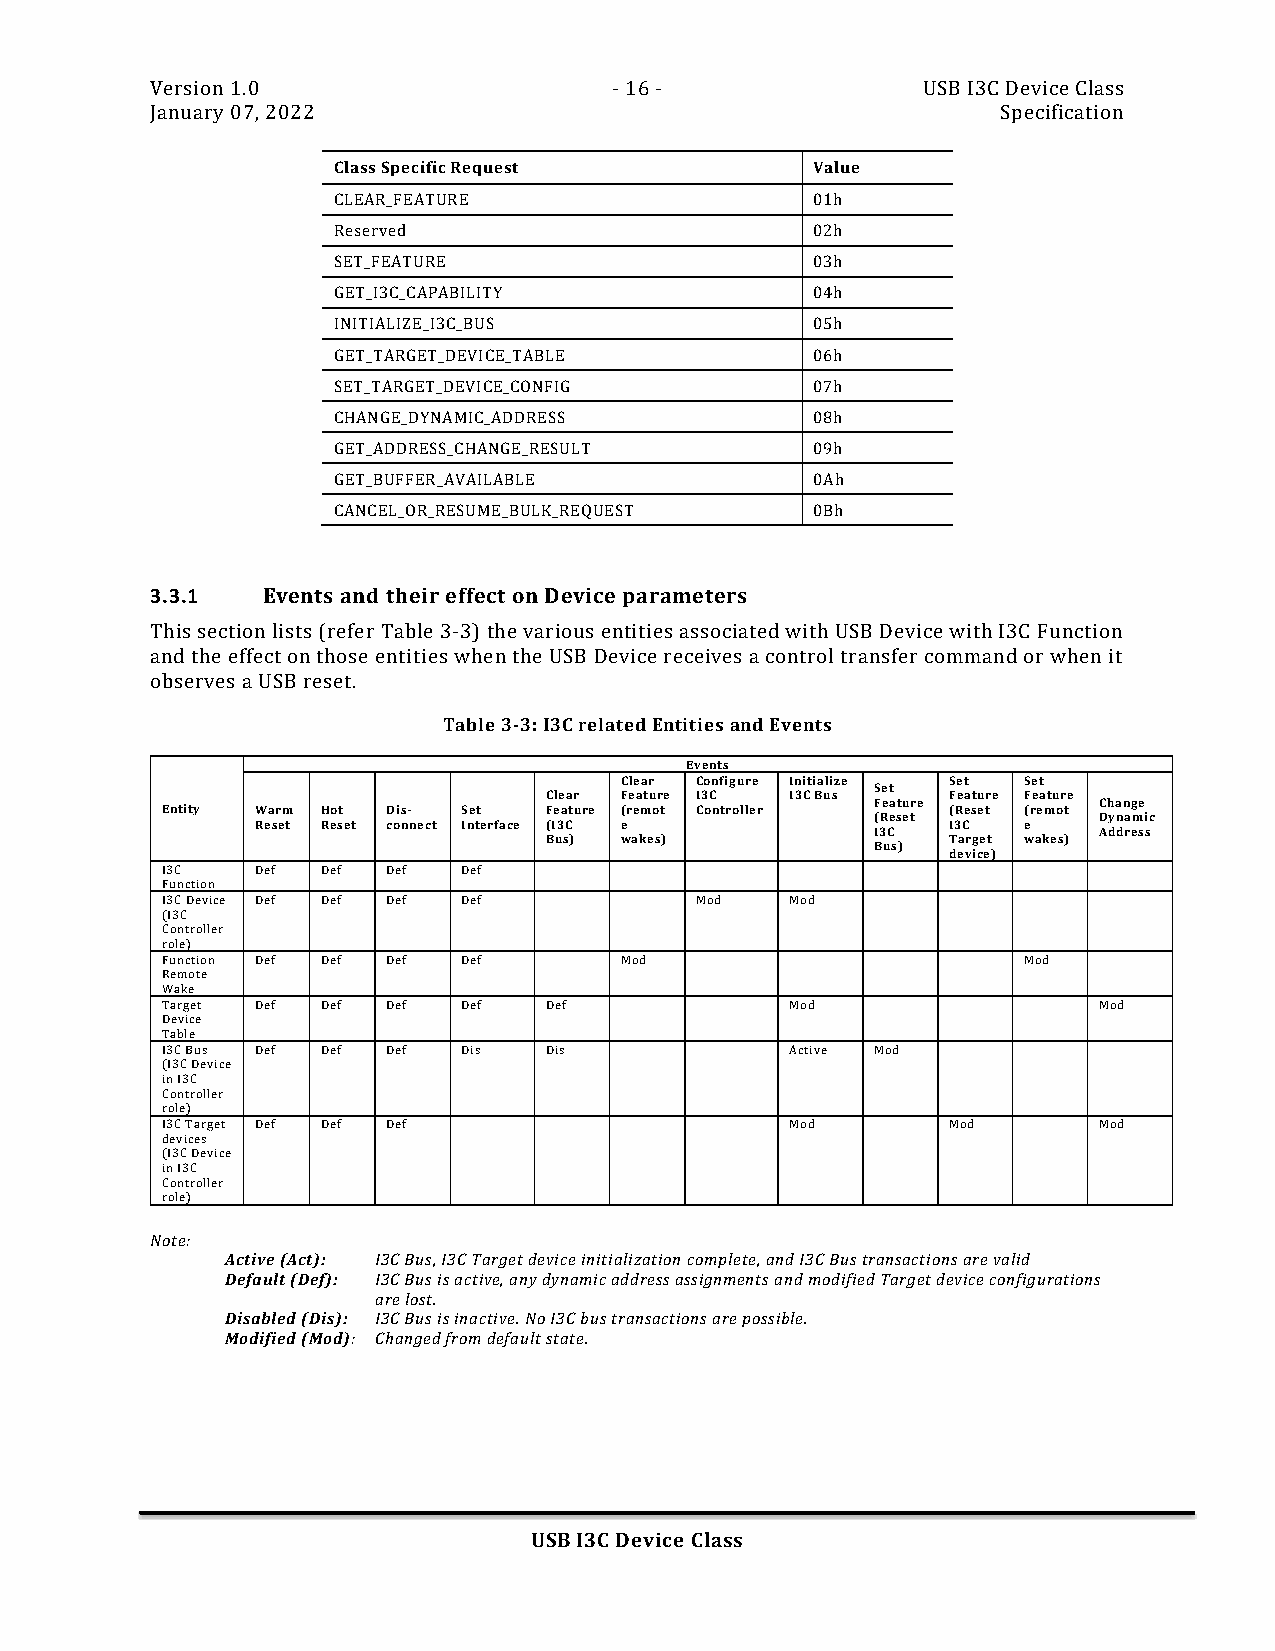
Version 1.0                    - 16 -              USB I3C Device Class
 January 07, 2022                                        Specification
 Class Specific Request          Value
 CLEAR_FEATURE                   01h
 Reserved                        02h
 SET_FEATURE                     03h
 GET_I3C_CAPABILITY              04h
 INITIALIZE_I3C_BUS              05h
 GET_TARGET_DEVICE_TABLE         06h
 SET_TARGET_DEVICE_CONFIG        07h
 CHANGE_DYNAMIC_ADDRESS          08h
 GET_ADDRESS_CHANGE_RESULT       09h
 GET_BUFFER_AVAILABLE            0Ah
 CANCEL_OR_RESUME_BULK_REQUEST   0Bh
 3.3.1  Events and their effect on Device parameters
 This section lists (refer Table 3-3) the various entities associated with USB Device with I3C Function
 and the effect on those entities when the USB Device receives a control transfer command or when it
 observes a USB reset.
 Table 3-3: I3C related Entities and Events
 Events
 Clear Configure Initialize Set Set
 Set
 Clear Feature I3C I3C Bus  Feature Feature
 Feature        Change
 Entity Warm Hot Dis- Set Feature (remot Controller  (Reset (remot
 (Reset         Dynamic
 Reset Reset connect Interface (I3C e          I3C  e
 I3C            Address
 Bus) wakes)                Target wakes)
 Bus)
 device)
 I3C   Def Def  Def  Def
 Function
 I3C Device Def Def Def Def         Mod   Mod
 (I3C
 Controller
 role)
 Function Def Def Def Def      Mod                        Mod
 Remote
 Wake
 Target Def Def Def  Def  Def             Mod                  Mod
 Device
 Table
 I3C Bus Def Def Def Dis  Dis             Active Mod
 (I3C Device
 in I3C
 Controller
 role)
 I3C Target Def Def Def                   Mod        Mod       Mod
 devices
 (I3C Device
 in I3C
 Controller
 role)
 Note:
 Active (Act): I3C Bus, I3C Target device initialization complete, and I3C Bus transactions are valid
 Default (Def): I3C Bus is active, any dynamic address assignments and modified Target device configurations
 are lost.
 Disabled (Dis): I3C Bus is inactive. No I3C bus transactions are possible.
 Modified (Mod): Changed from default state.
 USB I3C Device Class